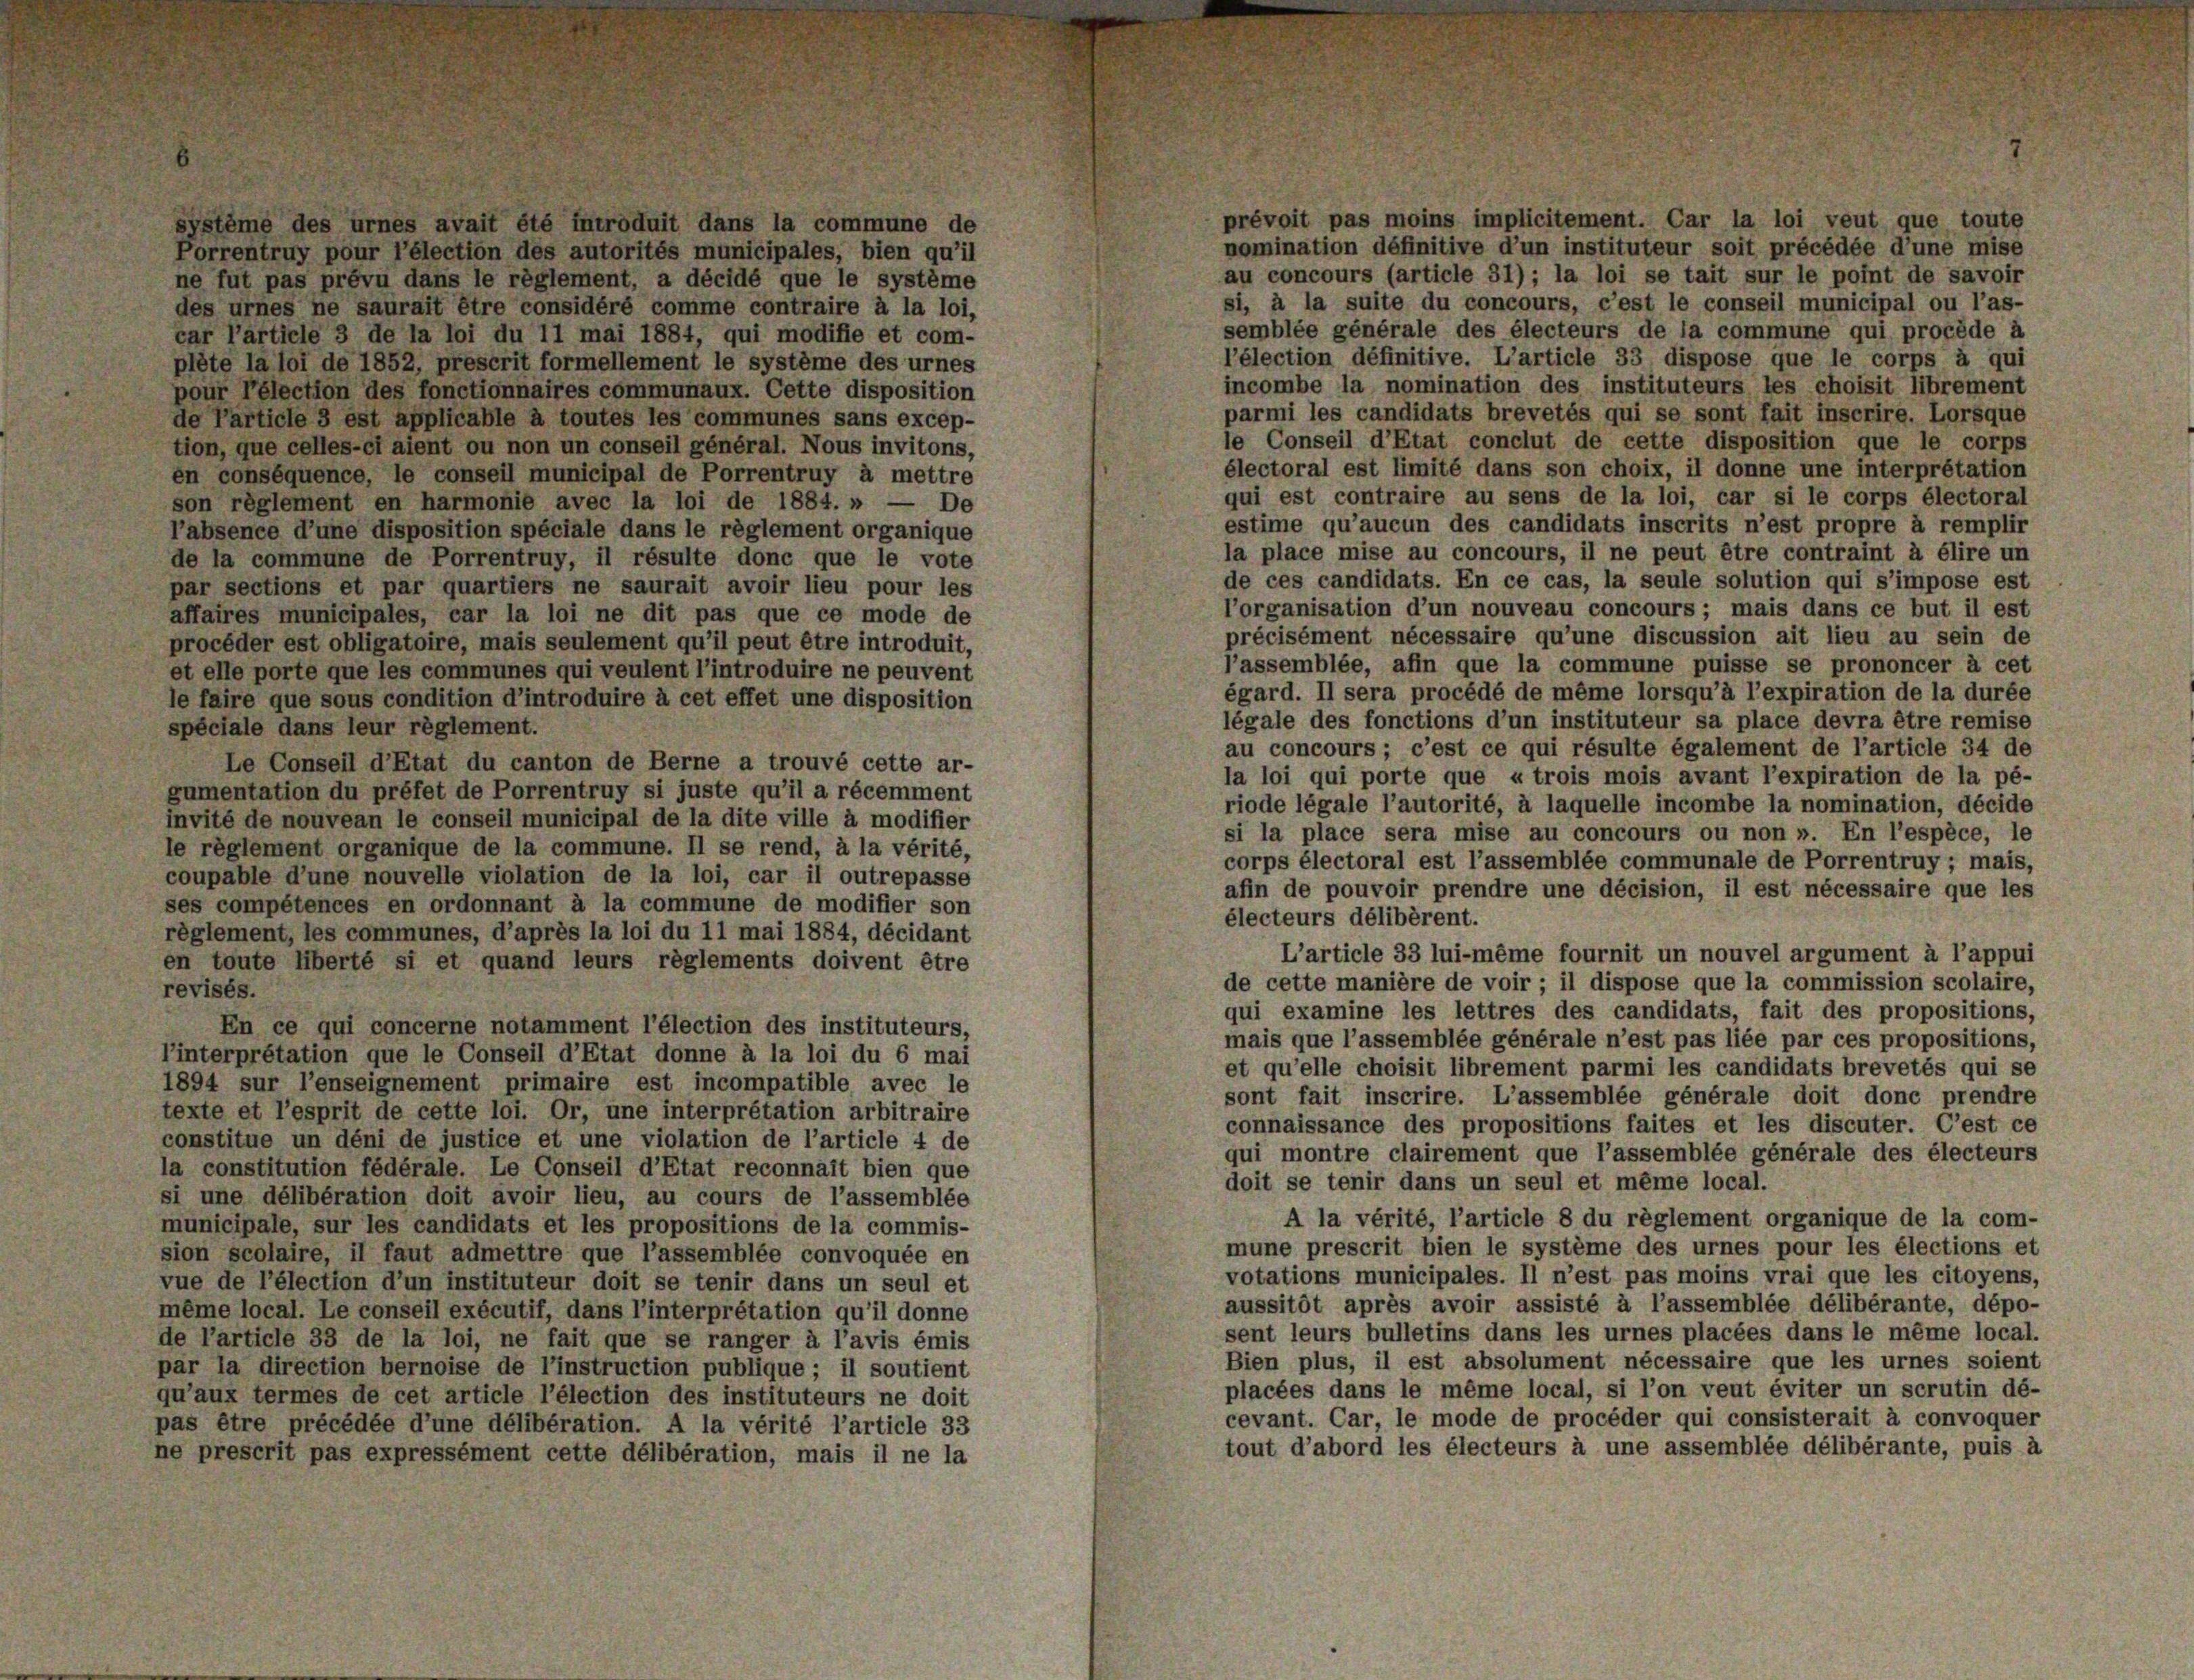
prévoit pas moins implicitement. Car la loi veut que toute
système des urnes avait été introduit dans la commune de
nomination définitive d’un instituteur soit précédée d’une mise
Porrentruy pour l’élection des autorités municipales, bien qu’il
au concours (article 31) ; la loi se tait sur le point de savoir
ne fut pas prévu dans le règlement, a décidé que le système
si, à la suite du concours, c’est le conseil municipal ou l’as-
des urnes ne saurait être considéré comme contraire à la loi,
semblée générale des électeurs de la commune qui procède à
car l’article 3 de la loi du 11 mai 1884, qui modifie et com-
l’élection définitive. L’article 33 dispose que le corps à qui
plête la loi de 1852, prescrit formellement le système des urnes
incombe la nomination des instituteurs les choisit librement
pour Télection des fonctionnaires communaux. Cette disposition
parmi les candidats brevetés qui se sont fait inscrire. Lorsque
de l’article 3 est applicable à toutes les communes sans excep-
le Conseil d’Etat conclut de cette disposition que le corps
tion, que celles-ci aient ou non un conseil général. Nous invitons,
électoral est limité dans son choix, il donne une interpretation
en conséquence, le conseil municipal de Porrentruy à mettre
qui est contraire au sens de la loi, car si le corps électoral
son règlement en harmonie avec la loi de 1884. » — De
estime qu’aucun des candidats inscrits n’est propre à remplir
l’absence d’une disposition spéciale dans le règlement organique
la place mise au concours, il ne peut être contraint à élire un
de la commune de Porrentruy, il résulte donc que le vote
de ces candidats. En ce cas, la seule solution qui s’impose est
par sections et par quartiers ne saurait avoir lieu pour les
l’organisation d’un nouveau concours; mais dans ce but il est
affaires municipales, car la loi ne dit pas que ce mode de
précisément nécessaire qu’une discussion ait lieu au sein de
procéder est obligatoire, mais seulement qu’il peut être introduit,
l’assemblée, afin que la commune puisse se prononcer à cet
et elle porte que les communes qui veulent l’introduire ne peuvent
égard. Il sera procédé de même lorsqu’à l’expiration de la durée
le faire que sous condition d’introduire à cet effet une disposition
légale des fonctions d’un instituteur sa place devra être remise
spéciale dans leur règlement.
au concours; c’est ce qui résulte également de l’article 34 de
Le Conseil d’Etat du canton de Berne a trouvé cette ar-
la loi qui porte que « trois mois avant l’expiration de la pé-
gumentation du préfet de Porrentruy si juste qu’il a récemment
riode légale l’autorité, à laquelle incombe la nomination, décide
invité de nouvean le conseil municipal de la dite ville à modifier
si la place sera mise au concours ou non ». En l’espèce, le
le règlement organique de la commune. Il se rend, à la vérité,
corps électoral est l’assemblée communale de Porrentruy; mais,
coupable d’une nouvelle violation de la loi, car il outrepasse
afin de pouvoir prendre une décision, il est nécessaire que les
ses compétences en ordonnant à la commune de modifier son
électeurs délibèrent.
règlement, les communes, d’après la loi du 11 mai 1884, décidant
L’article 33 lui-même fournit un nouvel argument à l’appui
en toute überté si et quand leurs règlements doivent être
de cette manière de voir ; il dispose que la commission scolaire,
revisés.
qui examine les lettres des candidats, fait des propositions,
En ce qui concerne notamment l’élection des instituteurs,
mais que l’assemblée générale n’est pas liée par ces propositions,
l’interprétation que le Conseil d’Etat donne à la loi du 6 mai
et qu’elle choisit librement parmi les candidats brevetés qui se
1894 sur l’enseignement primaire est incompatible avec le
sont fait inscrire. L’assemblée générale doit donc prendre
texte et l’esprit de cette loi. Or, une interprétation arbitraire
connaissance des propositions faites et les discuter. C’est ce
constitue un déni de justice et une violation de l’article 4 de
qui montre clairement que l’assemblée générale des électeurs
la constitution fédérale. Le Conseil d’Etat reconnaît bien que
doit se tenir dans un seul et même local.
si une délibération doit avoir lieu, au cours de l’assemblée
A la vérité, l’article 8 du règlement organique de la com-
municipale, sur les candidats et les propositions de la commis-
mune prescrit bien le système des urnes pour les élections et
sion scolaire, il faut admettre que l’assemblée convoquée en
votations municipales. Il n’est pas moins vrai que les citoyens,
vue de l’élection d’un instituteur doit se tenir dans un seul et
aussitôt après avoir assisté à l’assemblée délibérante, dépo-
même local. Le conseil exécutif, dans l’interpretation qu’il donne
sent leurs bulletins dans les urnes placées dans le même local.
de l’article 33 de la loi, ne fait que se ranger à l’avis émis
Bien plus, il est absolument nécessaire que les urnes soient
par la direction bernoise de l’instruction publique; il soutient
placées dans le même local, si l’on veut éviter un scrutin dé-
qu’aux termes de cet article l’élection des instituteurs ne doit
cevant. Car, le mode de procéder qui consisterait à convoquer
pas être précédée d’une délibération. A la vérité l’article 33
tout d’abord les électeurs à une assemblée délibérante, puis à
ne prescrit pas expressément cette délibération, mais il ne la